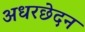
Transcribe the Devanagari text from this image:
अधरछेदन